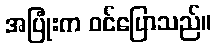
အပြုံးက ဝင်ပြောသည်။